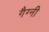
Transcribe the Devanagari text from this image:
गैग्नी